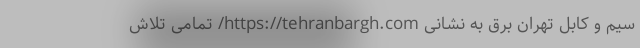
سیم و کابل تهران برق به نشانی https://tehranbargh.com/ تمامی تلاش